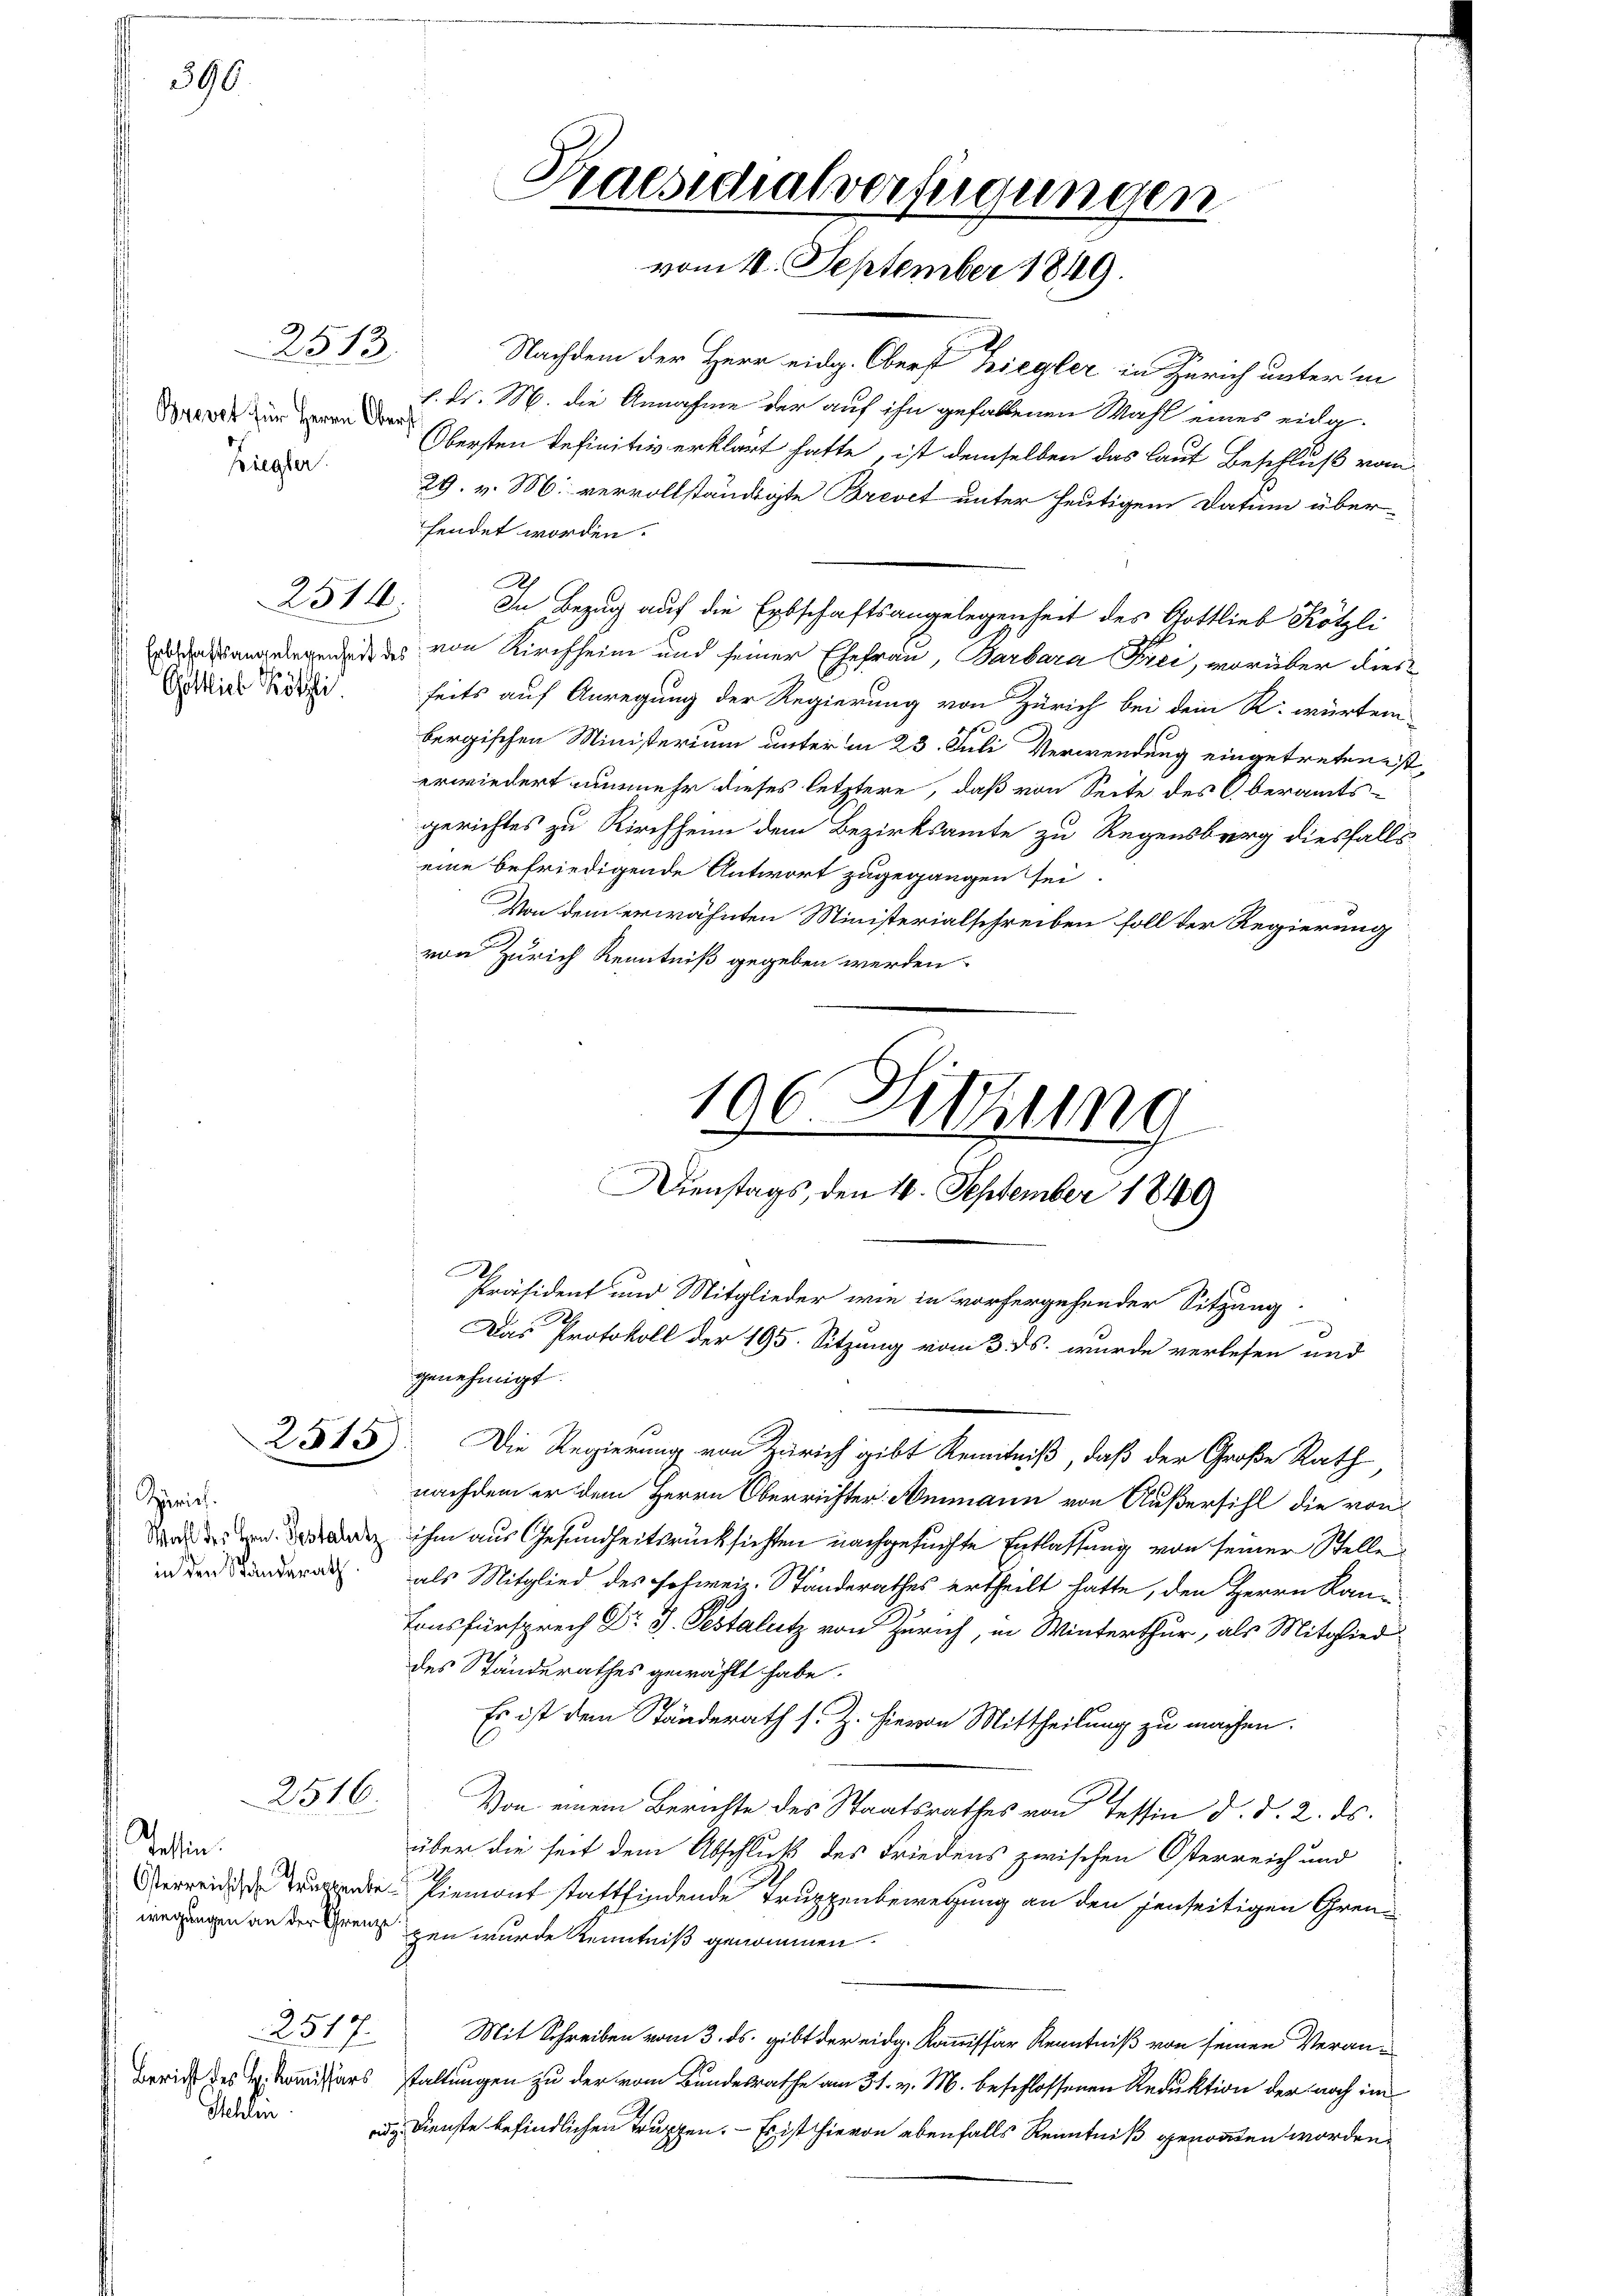
390.

Brevet für Herrn Oberst
Ziegler.

Bericht des H. Kommissär
Schlen

2513

2514

Göttlich Kötzli

2515)

Zürich.
in den Ständerath

2516.

Tessin.

2517.

Nachdem der Herr eidg. Oberst Ziegler in Zürich unter in
1. ds. M. die Annahme der auf ihn gefallenen Wahl eines eidg¬
Obersten definitiv erklärt hatte, ist demselben das laut Beschluß vom
29. v. M. vervollständigte Brevet unter heutigem Datum überfendet worden.
In Bezug auf die Erbschaftsangelegenheit des Gottlieb Kötzli
gegen von Kirchheim und seiner Ehefrau Barbara Frei, worüber diesseits auf Anregung der Regierung von Zürich bei dem K. würtem
bergischen Ministerium unter in 23. Juli Verwendung eingetreten ist,
erwiedert nunmehr dieses letztere, daß von Seite des Oberamtsgerichtes zu Kirchheim dem Bezirksamte zu Regensberg diesfalls
eine befriedigende Antwort zugegangen sei.
Von dem erwähnten Ministerialschreiben soll der Regierung
von Zürich Kenntniß gegeben werden.

A

Praesidialverfügungen
vom 18. September 1849.

196. Sitzung

Dienstags, den 4. September 1849
Präsident und Mitglieder wie in vorhergehender Sitzung.
Das Protokoll der 195. Sitzung vom 3. ds. wurde verlesen und
genehmigt.

Die Regierung von Zürich gibt Kenntniß, daß der Große Rath
nachdem er dem Herrn Oberrichter Ammann von Außersihl die von
dure des und da ihm aus Gesundheitsrücksichten nachgesuchte Entlassung von seiner Stelle
als Mitglied des Schweiz. Standerathes ertheilt hatte, den Herrn Kan-
Tonsfürsprech Dr J. Pestalutz von Zürich, in Winterthur, als Mitglied
des Ständerathes gewählt habe.
Es ist dem Ständerath s. Z. hievon Mittheilung zu machen.
Von einem Berichte des Staatsrathes von Tessin d. d. 2. ds.
über die seit dem Abschluß des Friedens zwischen Osterreich und
Vereidente Piemont stattfindende Truppenbewegung an den jenseitigen Grenwregungen an der Grenz gen wurde Kenntniß genommen.
Mit Schreiben vom 3. ds. gibt der eidg. Kommissär Kenntniß von seinen Verans staltungen zu der vom Bundesrathe am 31. v. M. beschlossenen Reduktion der noch im
d Dienste befindlichen Truppen. — Es ist hievon ebenfalls Kenntniß genannten worden.